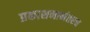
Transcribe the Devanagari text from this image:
प्रकाशनानंतरच